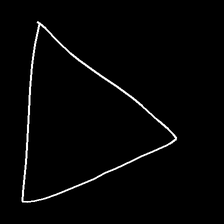
Glyph: convergence